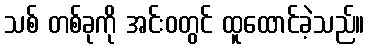
သစ် တစ်ခုကို အင်းဝတွင် ထူထောင်ခဲ့သည်။